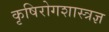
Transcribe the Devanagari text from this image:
कृषिरोगशास्त्रज्ञ